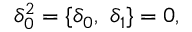
\delta _ { 0 } ^ { 2 } = \lbrace \delta _ { 0 } , \ \delta _ { 1 } \rbrace = 0 ,